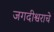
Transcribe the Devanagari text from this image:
जगदीश्वराचे